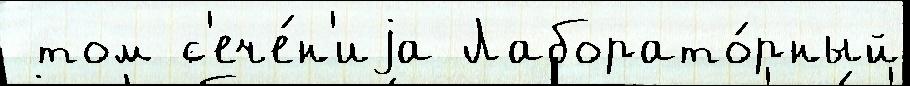
 том с'ече́н'иjа Лаборато́рный